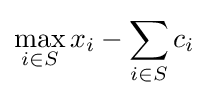
\max _{i\in S}x_{i}-\sum _{i\in S}c_{i}